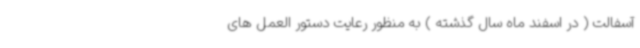
آسفالت ( در اسفند ماه سال گذشته ) به منظور رعایت دستور العمل های